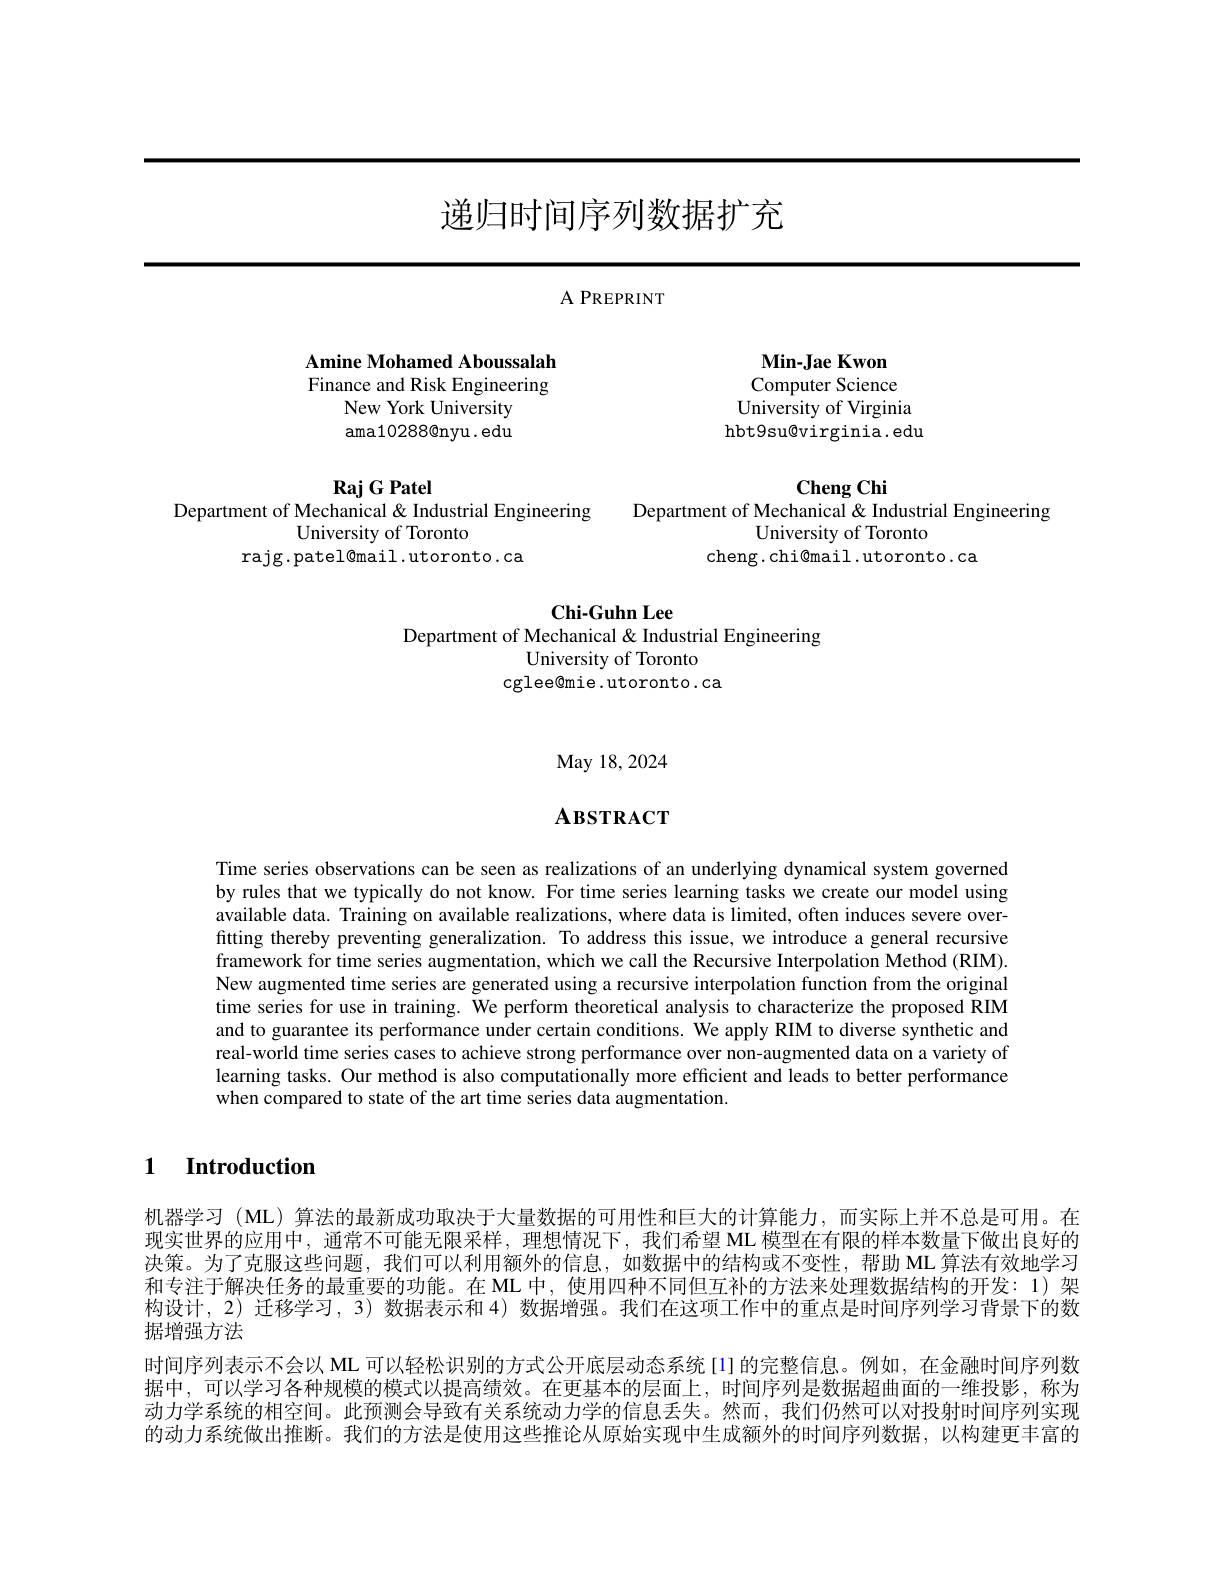
# 递归时间序列数据扩充

A PREPRINT

Amine Mohamed Aboussalah Finance and Risk Engineering
New York University ama10288@nyu. edu

$\mathbf{RajGPatel}$

Department of Mechanical & Industrial Engineering

University of Toronto

rajg.patel@mail.utoronto.ca

$\mathbf{Min-JaeKwon}$ Computer Science University of Virginia hbt9su@virginia.edu

Cheng Chi

Department of Mechanical & Industrial Engineering

University of Toronto

cheng.chi@mail.utoronto.ca

Chi-Guhn Lee
Department of Mechanical & Industrial Engineering
University of Toronto
cglee@mie.utoronto.ca

${\mathrm{May~18,2024}}$

# $\mathbf{A}$взткаст

Time series observations can be seen as realizations of an underlying dynamical system governed by rules that we typically do not know. For time series learning tasks we create our model using available data. Training on available realizations, where data is limited, often induces severe overfitting thereby preventing generalization. To address this issue, we introduce a general recursive framework for time series augmentation, which we call the Recursive Interpolation Method (RIM). New augmented time series are generated using a recursive interpolation function from the original time series for use in training. We perform theoretical analysis to characterize the proposed RIM and to guarantee its performance under certain conditions. We apply RIM to diverse synthetic and real-world time series cases to achieve strong performance over non-augmented data on a variety of learning tasks. Our method is also computationally more efficient and leads to better performance when compared to state of the art time series data augmentation.

1 Introduction

机器学习 (ML) 算法的最新成功取决于大量数据的可用性和巨大的计算能力，而实际上并不总是可用。在现实世界的应用中，通常不可能无限采样，理想情况下，我们希望 ML 模型在有限的样本数量下做出良好的决策。为了克服这些问题，我们可以利用额外的信息，如数据中的结构或不变性，帮助 ML 算法有效地学习和专注于解决任务的最重要的功能。在 ML 中，使用四种不同但互补的方法来处理数据结构的开发：1)架构设计，2) 迁移学习，3) 数据表示和 4) 数据增强。我们在这项工作中的重点是时间序列学习背景下的数据增强方法
时间序列表示不会以 ML 可以轻松识别的方式公开底层动态系统[1]的完整信息。例如，在金融时间序列数据中，可以学习各种规模的模式以提高绩效。在更基本的层面上，时间序列是数据超曲面的一维投影，称为动力学系统的相空间。此预测会导致有关系统动力学的信息丢失。然而，我们仍然可以对投射时间序列实现的动力系统做出推断。我们的方法是使用这些推论从原始实现中生成额外的时间序列数据，以构建更丰富的